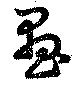
畫